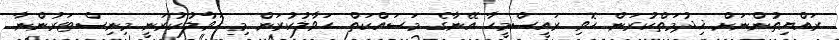
ރައްޔިތުންނަށް ޚިދުމަތްކުރަން ހޮވި ރައީސްމީހާ އޭނާގެ މަސައްކަތް ޙަވާލުކުރަން މި ޙަވާލުކުރަނީ މިނިސްޓަރުންނާ.